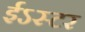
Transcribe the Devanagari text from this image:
ईऽस्टर